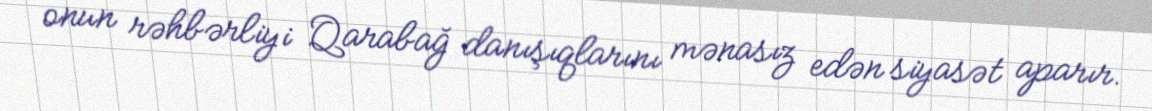
onun rəhbərliyi Qarabağ danışıqlarını mənasız edən siyasət aparır.